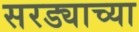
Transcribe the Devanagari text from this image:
सरड्याच्या